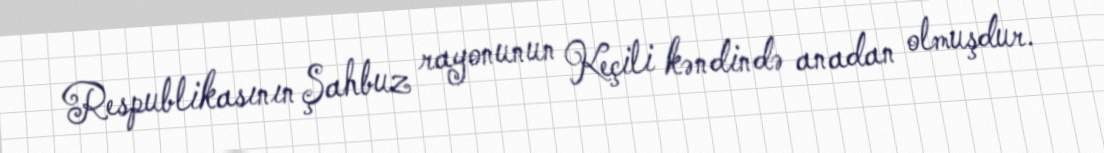
Respublikasının Şahbuz rayonunun Keçili kəndində anadan olmuşdur.